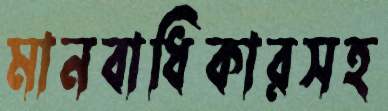
মানবাধিকারসহ